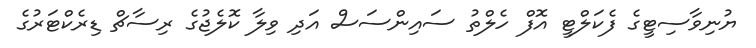
ޔުނިވާސިޓީގެ ފެކަލްޓީ އޮފް ހެލްތު ސައިންސަސް އަދި ވިލާ ކޮލެޖުގެ ރިސާޗް ޑިރެކްޓަރުގެ